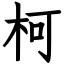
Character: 柯